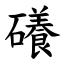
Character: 礢